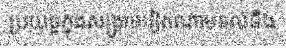
ប្រយុទ្ធក្នុងសង្គ្រាមវៀតណាមទល់នឹង